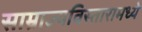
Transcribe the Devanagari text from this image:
साम्राज्यविस्तारामध्ये